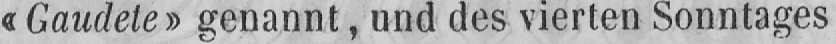
«Gaudete» genannt, und des vierten Sonntages